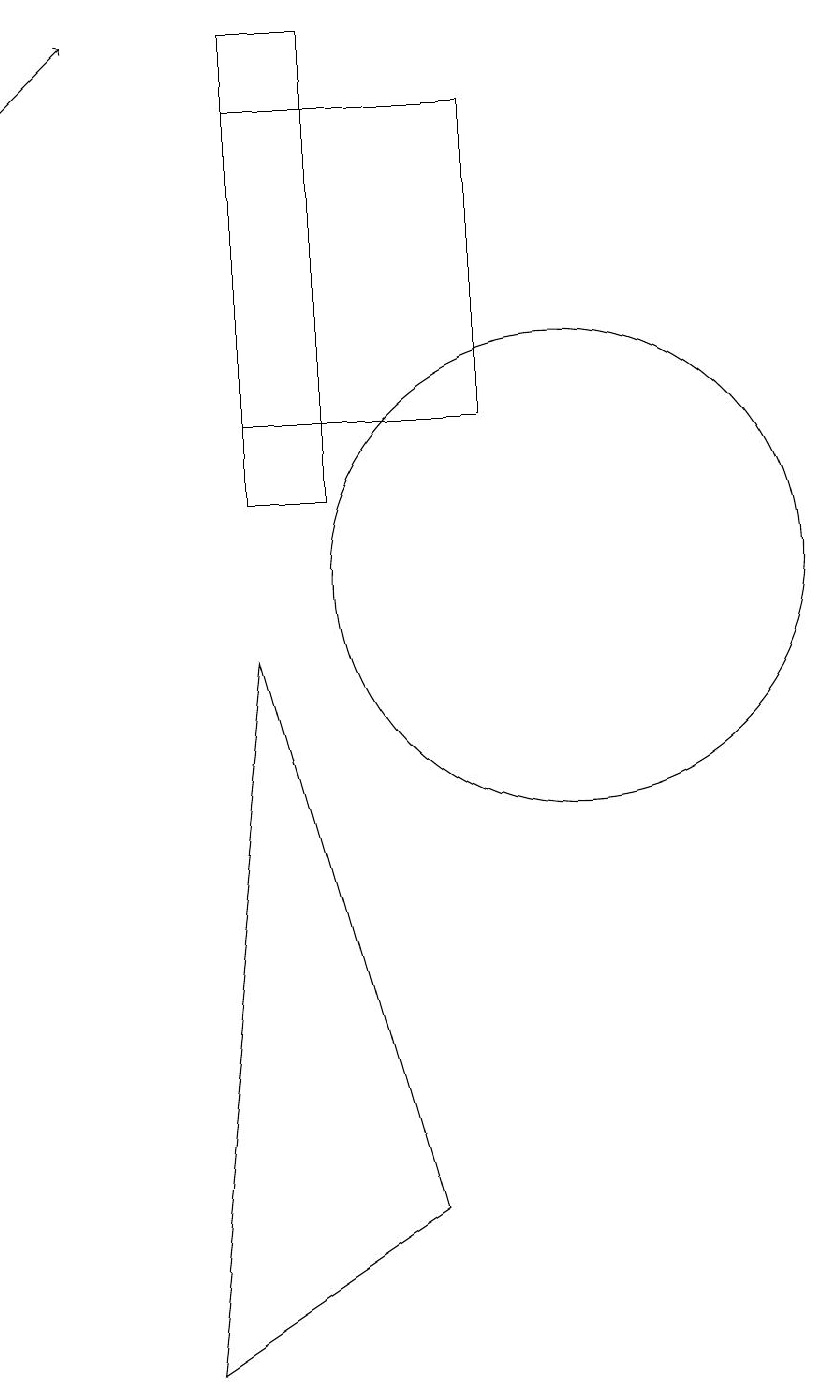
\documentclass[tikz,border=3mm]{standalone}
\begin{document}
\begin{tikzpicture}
\draw (6,9) -- (8,2) -- (5,0) -- cycle;
\draw (6,12) rectangle (9,16);
\draw[->] (3,16) -- (4,17);
\draw (7,17) rectangle (6,11);
\draw (10,10) circle (3);
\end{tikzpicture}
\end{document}